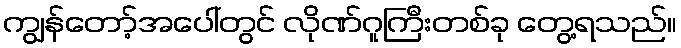
ကျွန်တော့်အပေါ်တွင် လိုဏ်ဂူကြီးတစ်ခု တွေ့ရသည်။